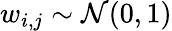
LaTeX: w_{i,j}\sim\mathcal{N}(0,1)